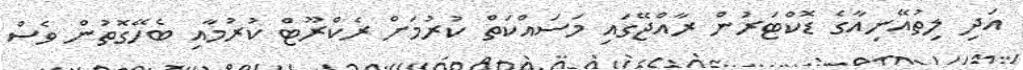
އަދި ލިތުއޭނިއާގެ ޑޮކްޓަރުން ރާއްޖޭގައި މަސައްކަތް ކުރުމަށް ރެކްރޫޓް ކުރުމާއި ބެހޭގޮތުން ވެސް